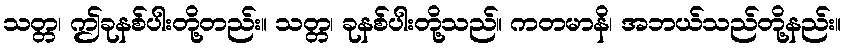
သတ္တ၊ ဤခုနစ်ပါးတို့တည်း။ သတ္တ၊ ခုနစ်ပါးတို့သည်။ ကတမာနိ၊ အဘယ်သည်တို့နည်း။